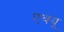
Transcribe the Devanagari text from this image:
एचयू